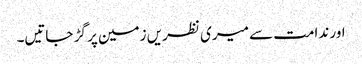
اور ندامت سے میری نظریں زمین پر گڑ جاتیں۔